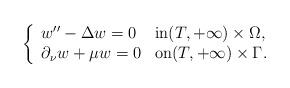
LaTeX: \begin{align*}\left\lbrace\begin{array}{lll} w''-\Delta w=0 &\hbox{in}(T, + \infty)\times \Omega,\\\partial_\nu w + \mu w=0 & \hbox {on}(T, + \infty)\times \Gamma.\end{array}\right.\end{align*}